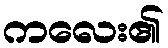
ကလေး၏